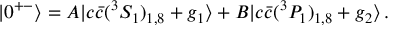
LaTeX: | 0 ^ { + - } \rangle = A | c \bar { c } ( ^ { 3 } S _ { 1 } ) _ { 1 , 8 } + g _ { 1 } \rangle + B | c \bar { c } ( ^ { 3 } P _ { 1 } ) _ { 1 , 8 } + g _ { 2 } \rangle \, .